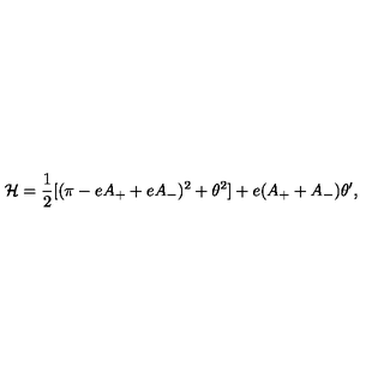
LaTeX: { \cal H } = { \frac { 1 } { 2 } } [ ( \pi - e A _ { + } + e A _ { - } ) ^ { 2 } + \theta ^ { 2 } ] + e ( A _ { + } + A _ { - } ) \theta ^ { \prime } ,